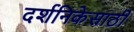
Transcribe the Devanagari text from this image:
दर्शनिकेसाठी